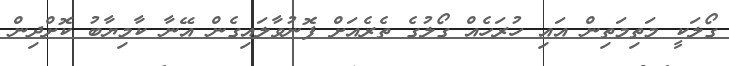
ގޯލަކީ މަތިމަތިން އައި ހުރަހެއް ގޯލުގެ ތެރެއަށް ފޮނުވާލައިގެން އޭނާ ކާމިޔާބު ކޮށްދިން